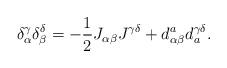
LaTeX: \begin{align*}\delta_\alpha^\gamma \delta_\beta^\delta = -\frac12 J_{\alpha\beta} J^{\gamma\delta} + d^a_{\alpha\beta} d_a^{\gamma\delta}.\end{align*}